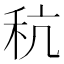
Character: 秔